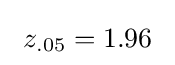
\ z_{.05}=1.96~